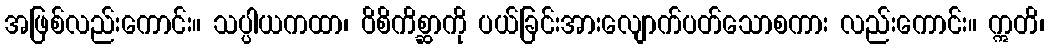
အဖြစ်လည်းကောင်း။ သပ္ပါယကထာ၊ ဝိစိကိစ္ဆာကို ပယ်ခြင်းအားလျောက်ပတ်သောစကား လည်းကောင်း။ ဣတိ၊